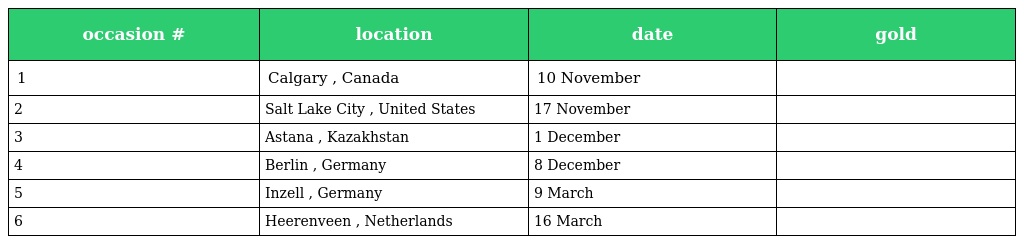
| occasion # | location | date | gold |
 | --- | --- | --- | --- |
 | 1 | Calgary , Canada | 10 November |  |
 | 2 | Salt Lake City , United States | 17 November |  |
 | 3 | Astana , Kazakhstan | 1 December |  |
 | 4 | Berlin , Germany | 8 December |  |
 | 5 | Inzell , Germany | 9 March |  |
 | 6 | Heerenveen , Netherlands | 16 March |  |